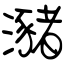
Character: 瀦